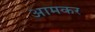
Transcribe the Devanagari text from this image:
आमकर